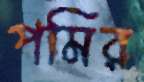
পমির